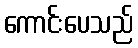
ကောင်းပေသည်